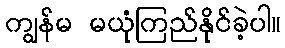
ကျွန်မ မယုံကြည်နိုင်ခဲ့ပါ။